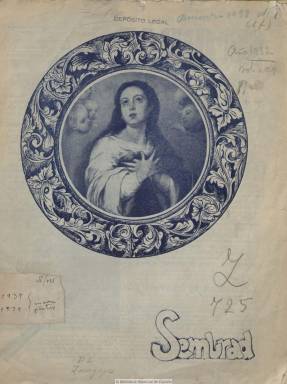
Título: Sembrad (Zaragoza)
Colección: Religión
Ámbito geográfico: Zaragoza
Lugar de publicación: Zaragoza
Fechas: 01/12/1937-30/09/1939

Publicación mensual de la Juventud Femenina de Acción Católica de Zaragoza, tal como indica su subtítulo, que comienza a publicarse en abril de 1937, al haber quedado suspendida la edición de la revista de carácter nacional Chispas, que Acción Católica de España venía publicando en Madrid desde comienzos de esa década, organización del catolicismo oficial español que se había adherido a la sublevación militar y al denominado bando nacional en la guerra civil española. Tal es así que, junto a la cabecera de la publicación dependiente de la Diócesis de Zaragoza, además de la indicación de que contaba con censura eclesiástica, quedará clara su “adhesión inquebrantable al Caudillo”, estampando los lemas: “Saludo a Franco” y “¡Arriba a España!”.

Como organización dedicada al apostolado y el proselitismo juvenil femenino, su revista contiene textos sobre liturgia, dedicando especial atención a la cuaresma, e información sobre cursillos para seglares como para sacerdotes, la vida social de sus socias, como son sus casamientos o fallecimientos, las actividades desarrolladas en los centros parroquiales, pero también sobre las denominadas “aspirantes”, a las que dedica particular atención, así como de su ingreso en la organización. Junto a esta información societaria, ofrece una página especial bajo el epígrafe Hogar, en donde publica recetas culinarias o notas divulgativas sobre otras labores domésticas, artículos sobre costumbres españolas, los trajes tradicionales aragoneses o la mantilla española; sobre bellezas y arte de edificios religiosos o los titulados Los jóvenes que necesita España y ¡Vuelve la paz!

Publica fotograbados de sus socias, de paisajes o de edificios y entornos monumentales (basílica del Pilar, monasterio de Piedra, etc.) y destaca el retrato que publica en portada y la semblanza de Carmencita Franco Polo, con motivo de recibir “la insignia de las aspirantes” de la organización de la única hija del general golpista, momento en el que la revista reitera su “adhesión inquebrantable” a Franco y se ofrece para contribuir “a hacer de nuestra Patria el Estado fuerte y católico que todos anhelamos”. Inserta en su última página publicidad comercial. Tras el final de la guerra, junto a su cabecera indica “Año de la Victoria” y entre sus colaboradores se encuentran Elisa Sánchez Izquierdo, Eusebio Auría y el jesuita A. Cayuela.

La colección de este título en la Biblioteca Nacional de España comienza con su número 9, de diciembre de 1937, y el 26 es el último, datado en otoño de 1939. En la primavera de 1940 debió publicar el número 27 y pudo editar posteriormente algún otro hasta 1943,  según José Blasco Ijazo (1947), quien indica también que Sembrad fue sustituida por las publicaciones Circular de dirigentes (1956-1966) y por Jardín, para las aspirantes. Desde febrero de 1938 a agosto de 1939, incluye quince números del título Florecillas, suplemento para las secciones de Menores de la JF de AC.